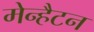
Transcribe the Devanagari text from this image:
मेन्हैटन